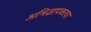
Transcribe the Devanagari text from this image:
अभिज्ञापकाचा